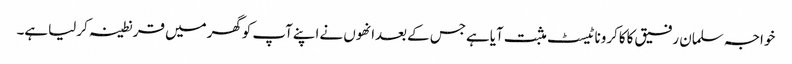
خواجہ سلمان رفیق کاکاکروناٹیسٹ مثبت آیاہےجس کےبعدانھوں نےاپنےآپ کوگھرمیں قرنطینہ کرلیاہے۔